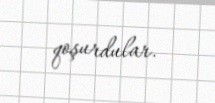
qoşurdular.